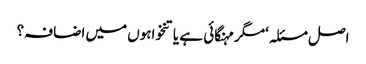
اصل مسئلہ ‘مگر مہنگائی ہے یا تنخواہوں میں اضافہ؟